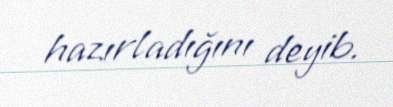
hazırladığını deyib.